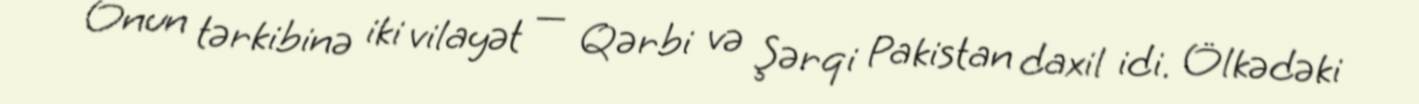
Onun tərkibinə iki vilayət — Qərbi və Şərqi Pakistan daxil idi. Ölkədəki